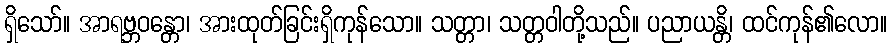
ရှိသော်။ အာရဗ္ဘဝန္တော၊ အားထုတ်ခြင်းရှိကုန်သော။ သတ္တာ၊ သတ္တဝါတို့သည်။ ပညာယန္တိ၊ ထင်ကုန်၏လော။